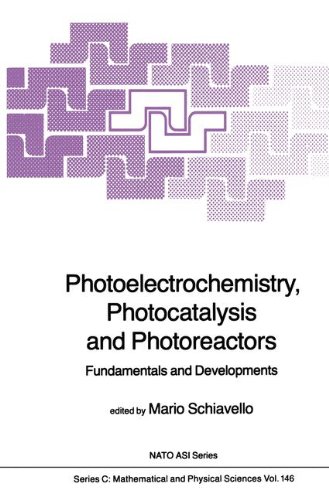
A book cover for Photoelectrochemistry, Photocatalysis and Photoreactors Fundamentals and Developments (Nato Science Series C:); Science & Math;